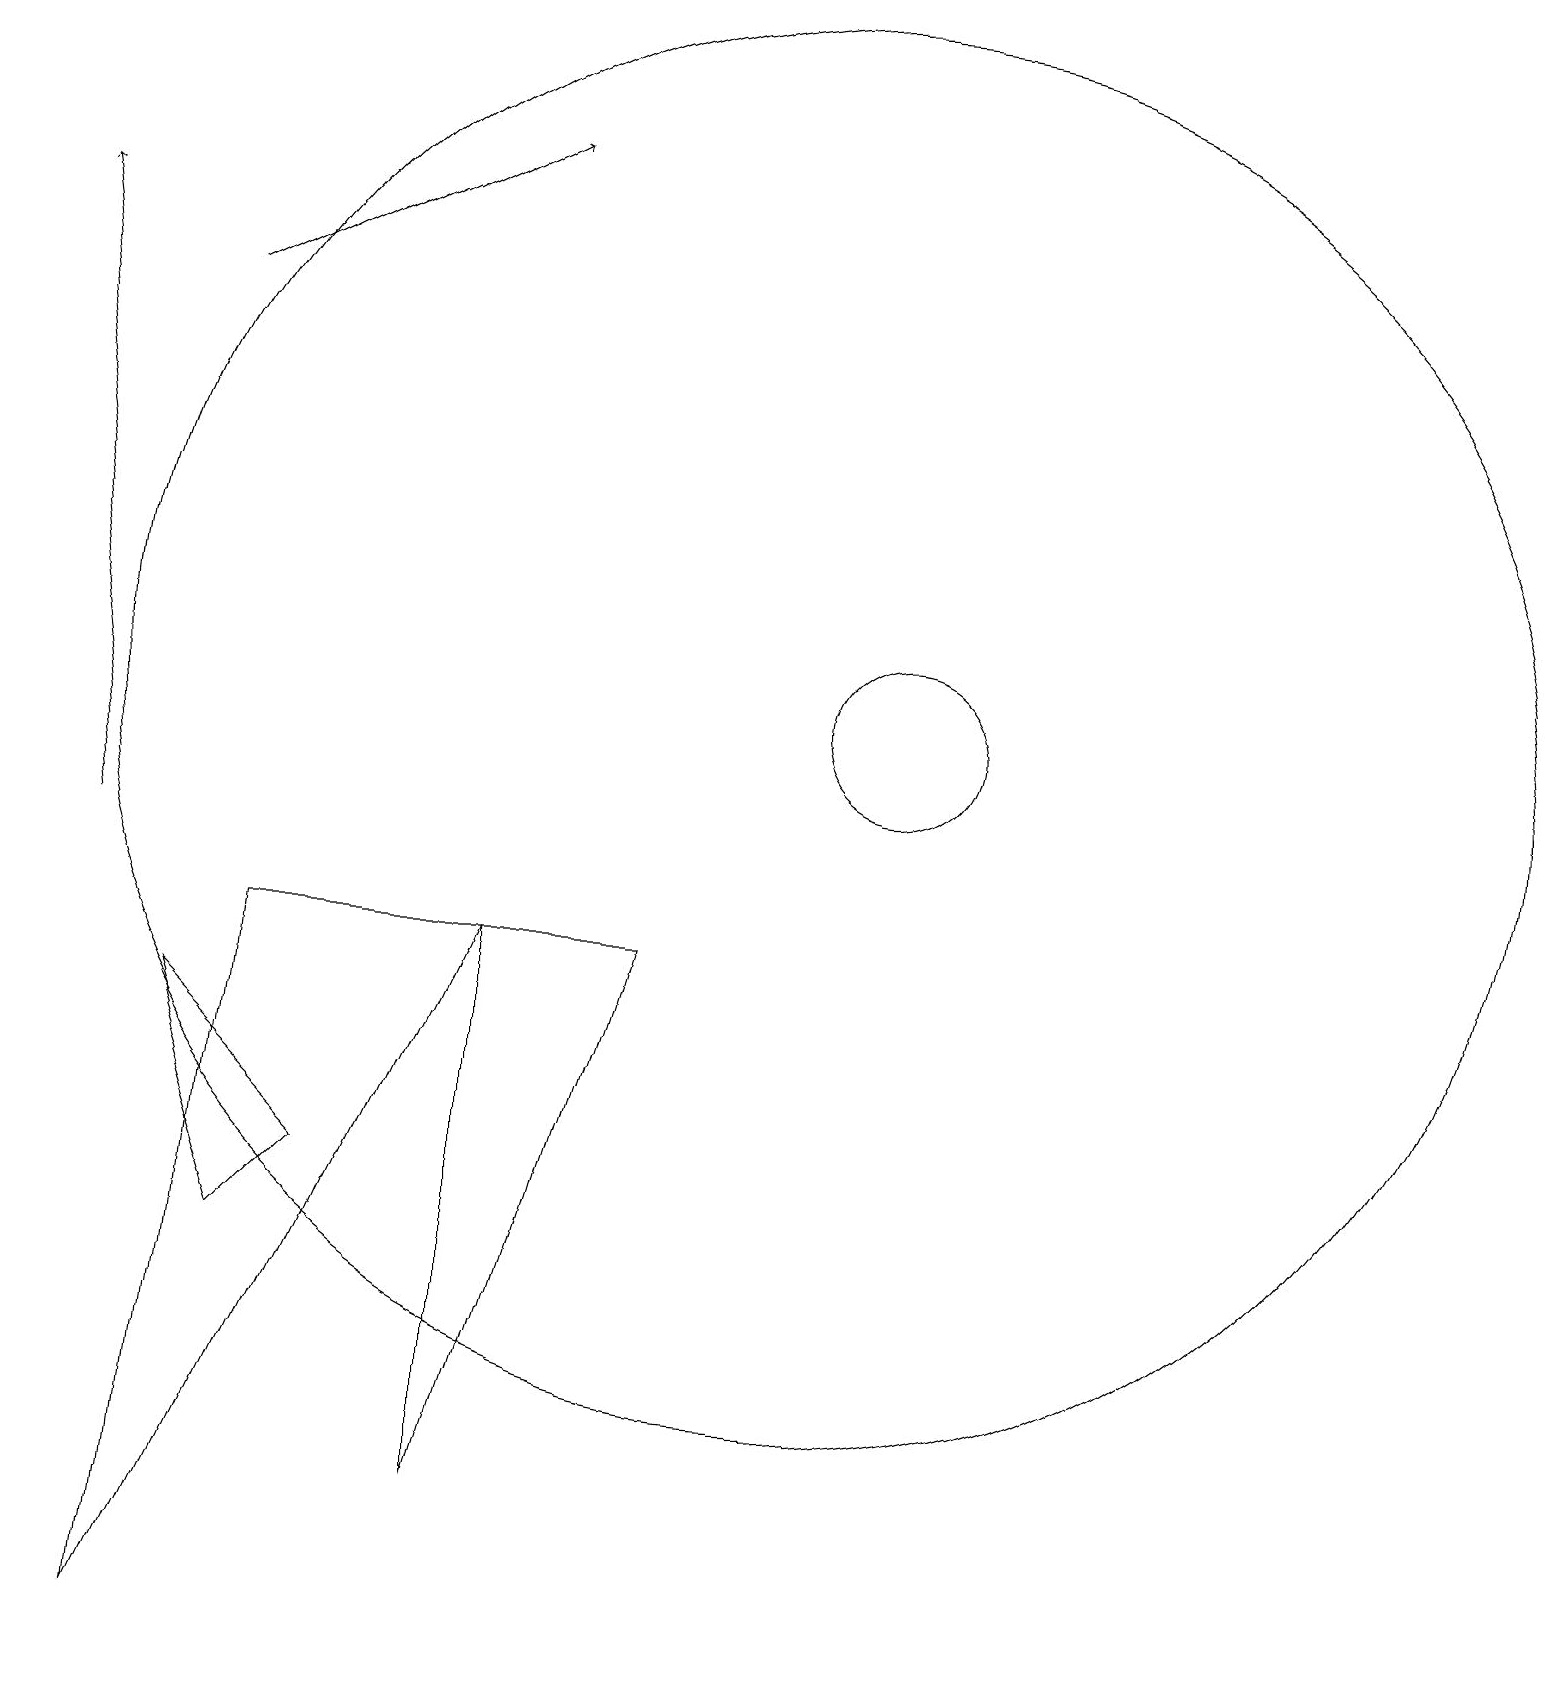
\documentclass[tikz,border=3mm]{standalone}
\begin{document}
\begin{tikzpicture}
\draw (10,12) circle (9);
\draw[->] (2,17) -- (6,19);
\draw (3,5) -- (2,8) -- (4,6) -- cycle;
\draw (3,9) -- (2,0) -- (6,9) -- cycle;
\draw[->] (1,10) -- (0,18);
\draw (11,12) circle (1);
\draw (6,2) -- (6,9) -- (8,9) -- cycle;
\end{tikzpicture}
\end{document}